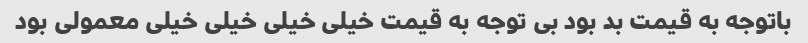
باتوجه به قیمت بد بود بی توجه به قیمت خیلی خیلی خیلی خیلی معمولی بود